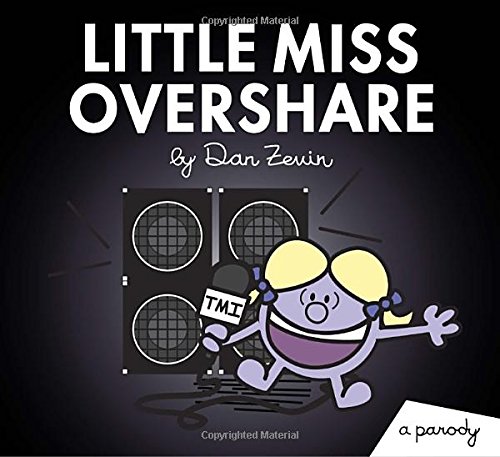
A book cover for Little Miss Overshare: A Parody (Little Miss and Mr. ME ME ME); Dan Zevin; Humor & Entertainment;